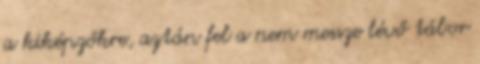
a kiképzőkre, aztán fel a nem messze lévő tábor